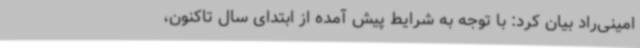
امینی‌راد بیان کرد: با توجه به شرایط پیش آمده از ابتدای سال تاکنون،